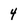
Character: 4